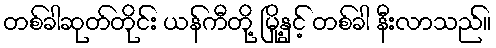
တစ်ခါဆုတ်တိုင်း ယန်ကီတို့ မြို့နှင့် တစ်ခါ နီးလာသည်။